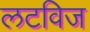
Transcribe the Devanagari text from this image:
लटविज